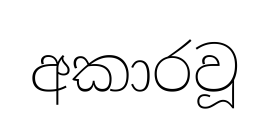
අකාරවූ